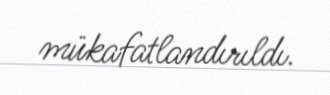
mükafatlandırıldı.